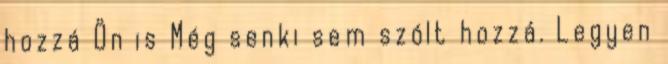
hozzá Ön is Még senki sem szólt hozzá. Legyen